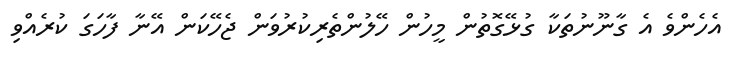
އެހެންވެ އެ ގާނޫނުތަކާ ގުޅޭގޮތުން މީހުން ހޭލުންތެރިކުރުވަން ޖެހޭކަން އޭނާ ފާހަގަ ކުރެއްވި